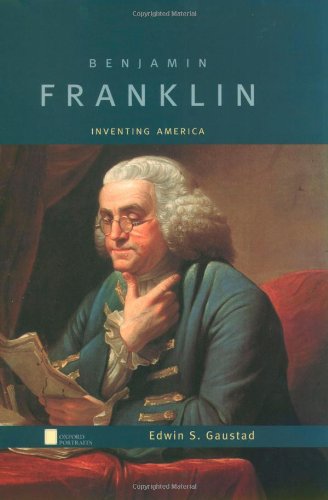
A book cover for Benjamin Franklin: Inventing America (Oxford Portraits); Edwin S. Gaustad; Teen & Young Adult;